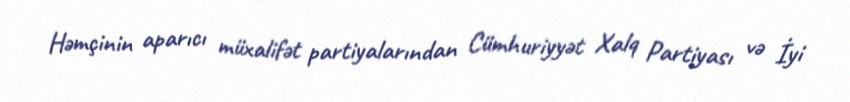
Həmçinin aparıcı müxalifət partiyalarından Cümhuriyyət Xalq Partiyası və İyi